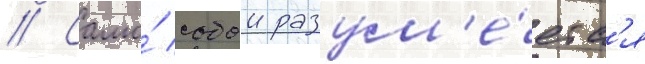
// Само́ собои разум'е́етс'я